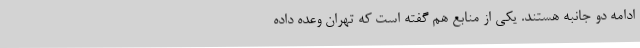
ادامه دو جانبه هستند. یکی از منابع هم گفته است که تهران وعده داده